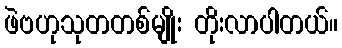
ဖဲဗဟုသုတတစ်မျိုး တိုးလာပါတယ်။